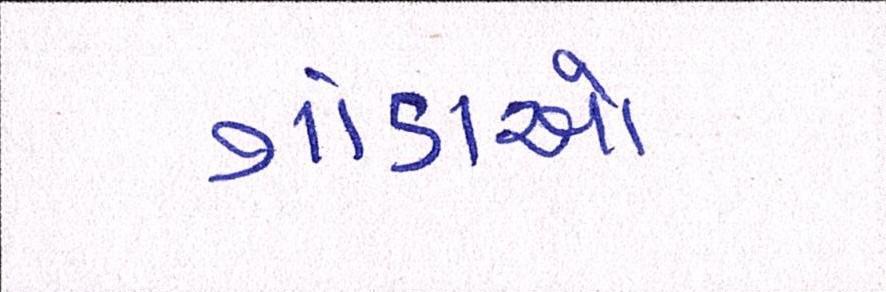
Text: ગાંડાઓ